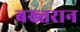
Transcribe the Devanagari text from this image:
बख्तरान